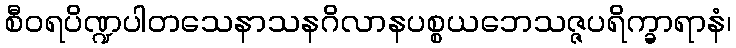
စီဝရပိဏ္ဍပါတသေနာသနဂိလာနပစ္စယဘေသဇ္ဇပရိက္ခာရာနံ၊